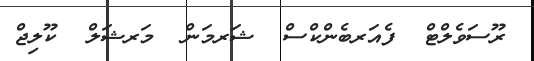
ރޫސަވެލްޓް  ފެއަރބެންކްސް  ޝަރމަން  މަރޝަލް  ކޫލިޖް